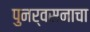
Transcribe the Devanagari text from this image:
पुनर्वसनाचा